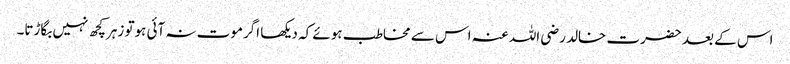
اس کے بعد حضرت خالد رضی اللہ عنہ اس سے مخاطب ہوئے کہ دیکھا اگرموت نہ آئی ہوتو زہرکچھ نہیں بگاڑتا۔